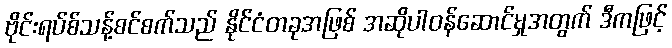
ဗိုင်းရပ်စ်သန့်စင်စက်သည် နိုင်ငံတခုအဖြစ် အဆိုပါဝန်ဆောင်မှုအတွက် ဒီကဖြင့်